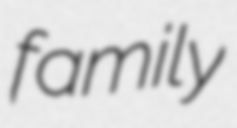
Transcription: family